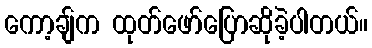
ကော့ချ်က ထုတ်ဖော်ပြောဆိုခဲ့ပါတယ်။